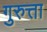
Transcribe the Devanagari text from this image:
गुरुत्ता